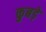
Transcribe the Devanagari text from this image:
कुबड़े